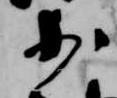
少